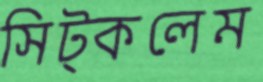
সিট্‌কলেম